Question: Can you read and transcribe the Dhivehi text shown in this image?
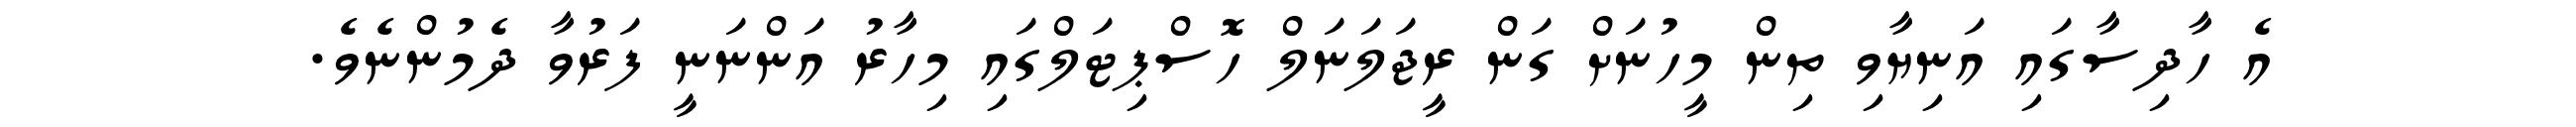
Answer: އެ ހާދިސާގައި އަނިޔާވި ތިން މީހުނަށް ގަން ރީޖަލަނަލް ހޮސްޕިޓަލްގައި މިހާރު އަންނަނީ ފަރުވާ ދެމުންނެވެ.